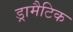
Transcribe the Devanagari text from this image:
ड्रामैटिक